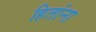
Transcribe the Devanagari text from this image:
हितांना